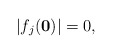
\begin{align*} \vert f_{j}(\mathbf 0)\vert =0, \end{align*}